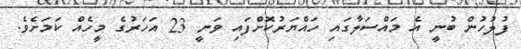
ފުލުހުން ބުނީ އެ މައްސަލާގައި ހައްޔަރުކޮށްފައި ވަނީ 23 އަހަރުގެ މީހެއް ކަމަށެވެ.